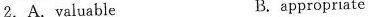
2.A.valuable B.appropriate